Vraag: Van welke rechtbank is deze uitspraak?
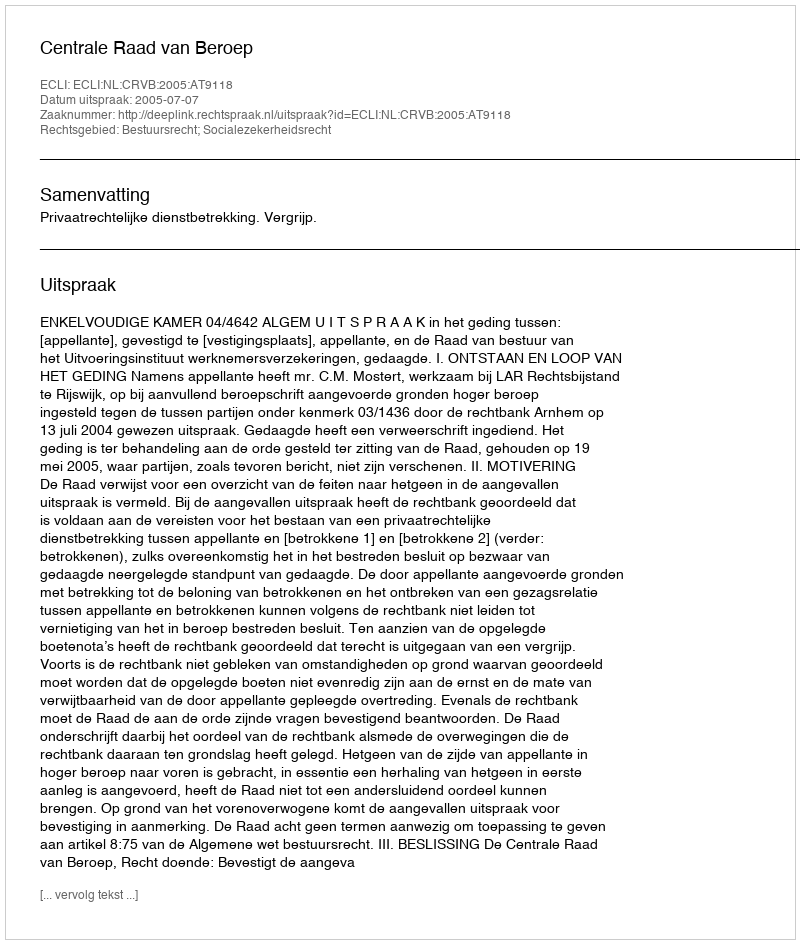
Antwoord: Centrale Raad van Beroep